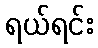
ရယ်ရင်း